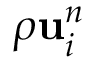
\rho \mathbf { { u } } _ { i } ^ { n }